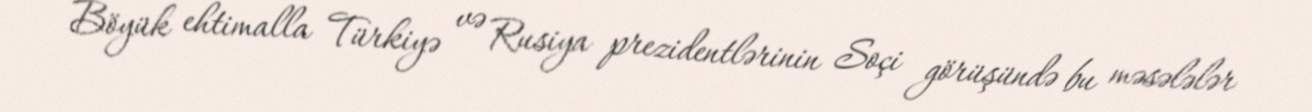
Böyük ehtimalla Türkiyə və Rusiya prezidentlərinin Soçi görüşündə bu məsələlər